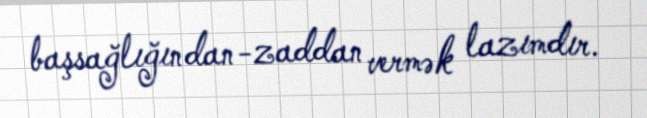
başsağlığından-zaddan vermək lazımdır.